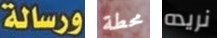
ورسالة محطة نريده